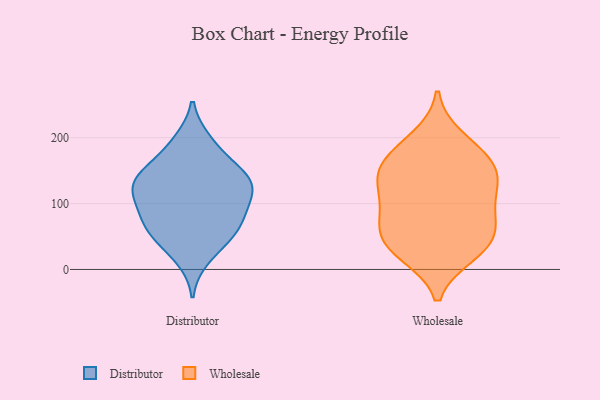
{"axis": {"x": "Tickets Resolved", "y": "Value"}, "legend": ["Distributor", "Wholesale"], "data": [{"x": "", "y": 106, "type": "Distributor"}, {"x": "", "y": 149, "type": "Distributor"}, {"x": "", "y": 195, "type": "Distributor"}, {"x": "", "y": 67, "type": "Distributor"}, {"x": "", "y": 103, "type": "Distributor"}, {"x": "", "y": 72, "type": "Distributor"}, {"x": "", "y": 64, "type": "Distributor"}, {"x": "", "y": 131, "type": "Distributor"}, {"x": "", "y": 52, "type": "Distributor"}, {"x": "", "y": 189, "type": "Distributor"}, {"x": "", "y": 124, "type": "Distributor"}, {"x": "", "y": 40, "type": "Distributor"}, {"x": "", "y": 121, "type": "Distributor"}, {"x": "", "y": 17, "type": "Distributor"}, {"x": "", "y": 145, "type": "Distributor"}, {"x": "", "y": 131, "type": "Distributor"}, {"x": "", "y": 86, "type": "Distributor"}, {"x": "", "y": 153, "type": "Distributor"}, {"x": "", "y": 199, "type": "Wholesale"}, {"x": "", "y": 94, "type": "Wholesale"}, {"x": "", "y": 141, "type": "Wholesale"}, {"x": "", "y": 24, "type": "Wholesale"}, {"x": "", "y": 30, "type": "Wholesale"}, {"x": "", "y": 174, "type": "Wholesale"}, {"x": "", "y": 33, "type": "Wholesale"}, {"x": "", "y": 55, "type": "Wholesale"}, {"x": "", "y": 144, "type": "Wholesale"}, {"x": "", "y": 59, "type": "Wholesale"}, {"x": "", "y": 173, "type": "Wholesale"}, {"x": "", "y": 72, "type": "Wholesale"}, {"x": "", "y": 127, "type": "Wholesale"}, {"x": "", "y": 146, "type": "Wholesale"}, {"x": "", "y": 101, "type": "Wholesale"}]}